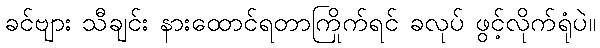
ခင်ဗျား သီချင်း နားထောင်ရတာကြိုက်ရင် ခလုပ် ဖွင့်လိုက်ရုံပဲ။